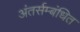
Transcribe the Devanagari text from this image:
अंतर्सम्बंधित